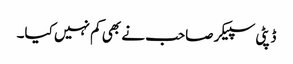
ڈپٹی سپیکر صاحب نے بھی کم نہیں کیا۔